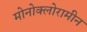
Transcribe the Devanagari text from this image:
मोनोक्लोरामीन